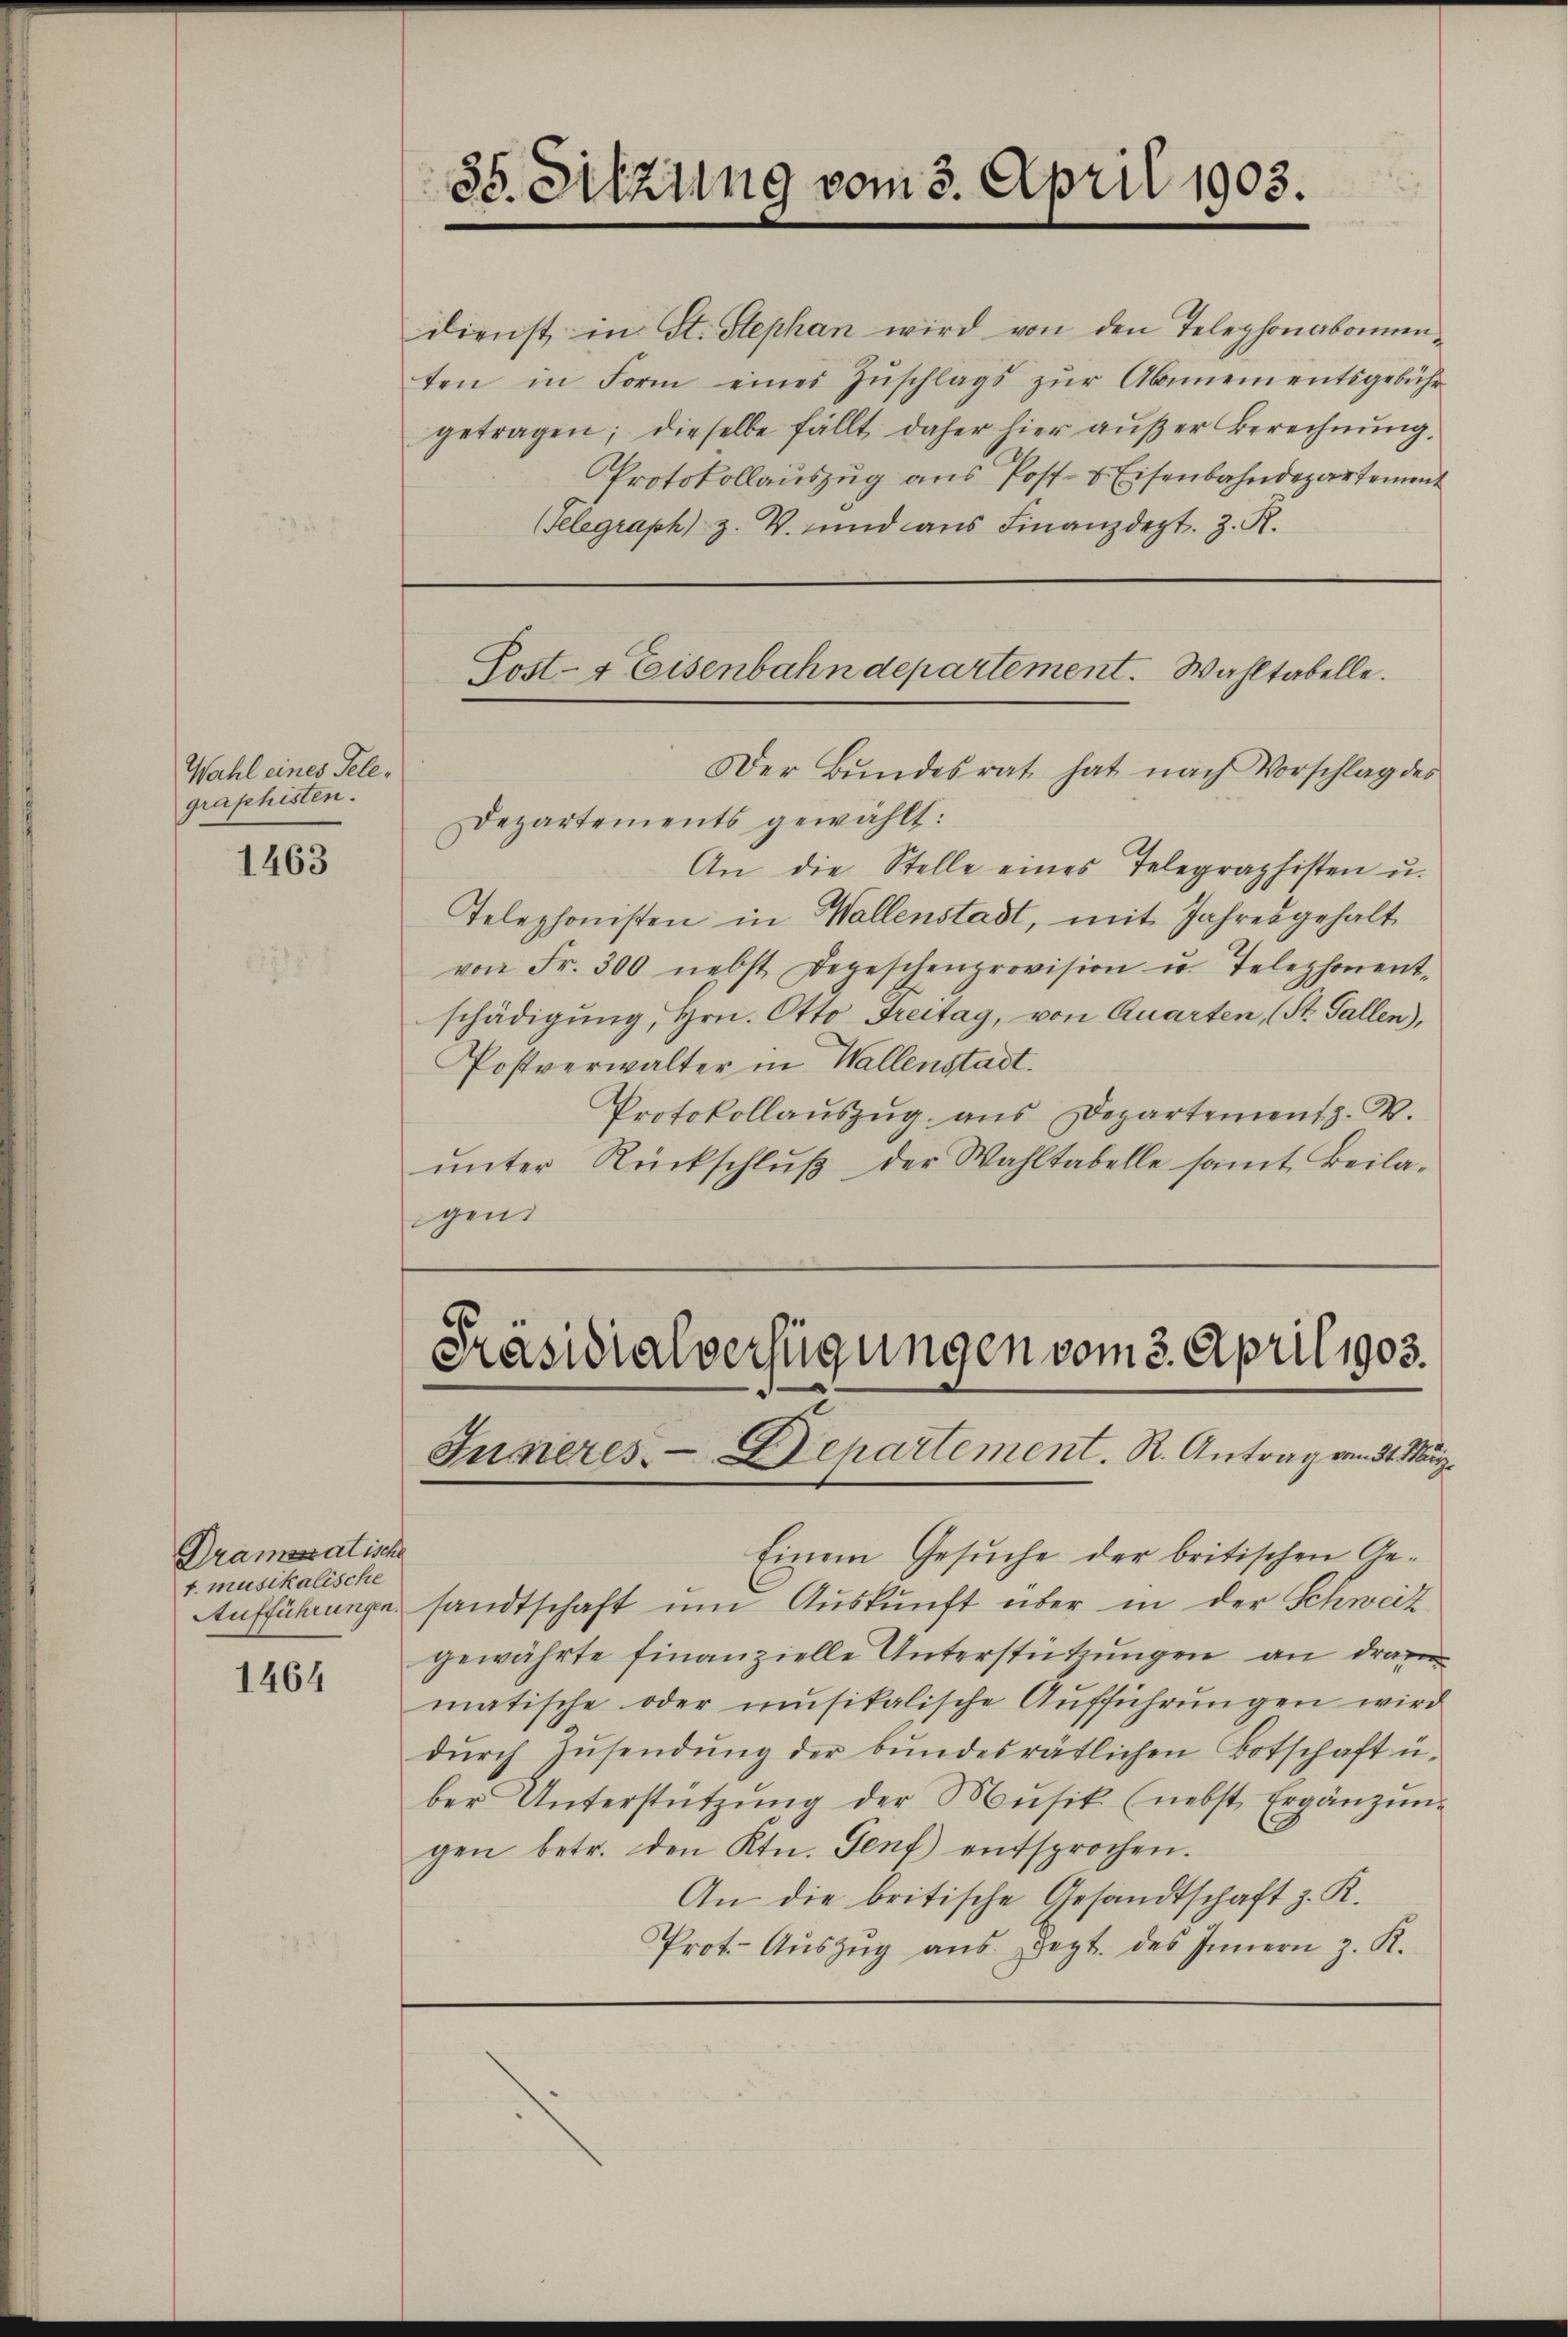
Wahl eines Telegraphisten.

1463

Drameratische
t. musikalische

1464

Der Bŭndesrat hat nach Vorschlag des
Departements gewählt:
An die Stelle eines Telegraphisten u.
Telephonisten in Wallenstadt, mit Jahresgehalt
von Fr. 300 nebst Depeschenprovision u. Telephonent-
schädigung, Hrn. Otto Freitag, von Quarten, (St. Gallen),
Postverwalter in Wallenstadt.
Protokollaŭszŭg. ans Departement z. W.
ŭnter Rückschlŭβ der Wahltabelle samt Beila-
gen

35. Sitzung vom 3. April 1903.

Post- & Eisenbahndepartement. Wahltabelle.

Präsidialverfügungen vom 3. April 1903.
Jupieres Departement. R. Antrag vom 31. März

Einem Gesuche der britischen Ge¬
Aufführunge sandtschaft um Auskunft über in der Schweiz
gewährte finanzielle Unterstützungen an dran
matische oder unsikalische Aŭfführŭngen wird
dŭrch Zŭsendŭng der bŭndesrätlichen Botschaft ü
ber Unterstützŭng der Mŭsik (nebst Ergänzŭn-
gen betr. den Ktn. Genf entsprochen.
An die britische Gesandtschaft z. K.
Prot. Aŭszŭg aŭs zept. des Innern z. K.

dienst in St. Stephan wird von den Telephonabonnenten in Form eines Zŭschlags zŭr Abnementsgebühr
getragen; dieselbe fällt daher hier außer Berechnung,
Protokollauszug aus Post- & Eisenbahndepartement
(Telegraph) z. B. und aus Finanzdept. z. R.